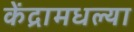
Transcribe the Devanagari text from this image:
केंद्रामधल्या